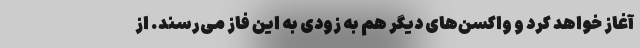
آغاز خواهد کرد و واکسن‌های دیگر هم به زودی به این فاز می‌رسند. از